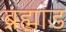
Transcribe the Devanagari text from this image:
ब्रह्म़ा़ंड